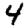
Digit: 4